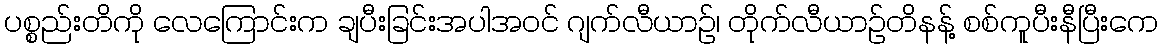
ပစ္စည်းတိကို လေကြောင်းက ချပီးခြင်းအပါအဝင် ဂျက်လီယာဉ်၊ တိုက်လီယာဉ်တိနန့် စစ်ကူပီးနီပြီးကေ